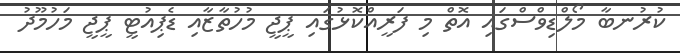
ކުރުނބާ މޯލްޑިވްސްގައި އޮތް މި ފަރީއްކޮޅުގައި ޕީޖީ މުހުތާޒާއި ޑެޕިއުޓީ ޕީޖީ މަހުމޫދު